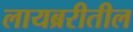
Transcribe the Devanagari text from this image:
लायब्ररीतील